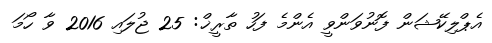
އެޕްލިކޭޝަން ފޮނުވަންވީ އެންމެ ފަހު ތާރީޚް: 25 ޖުލައި 2016 ވާ ހޯމަ